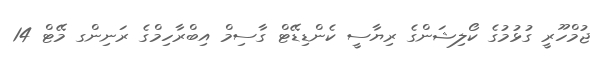
ޖުމްހޫރީ ގުޅުމުގެ ކޯލިޝަންގެ ރިޔާސީ ކެންޑިޑޭޓް ގާސިމް އިބްރާހިމްގެ ރަނިންގ މޭޓް 14